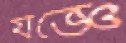
যজ্ঞে